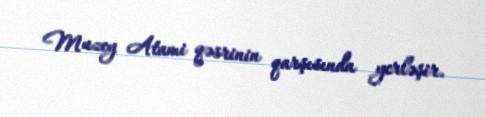
Muzey Atami qəsrinin qarşısında yerləşir.